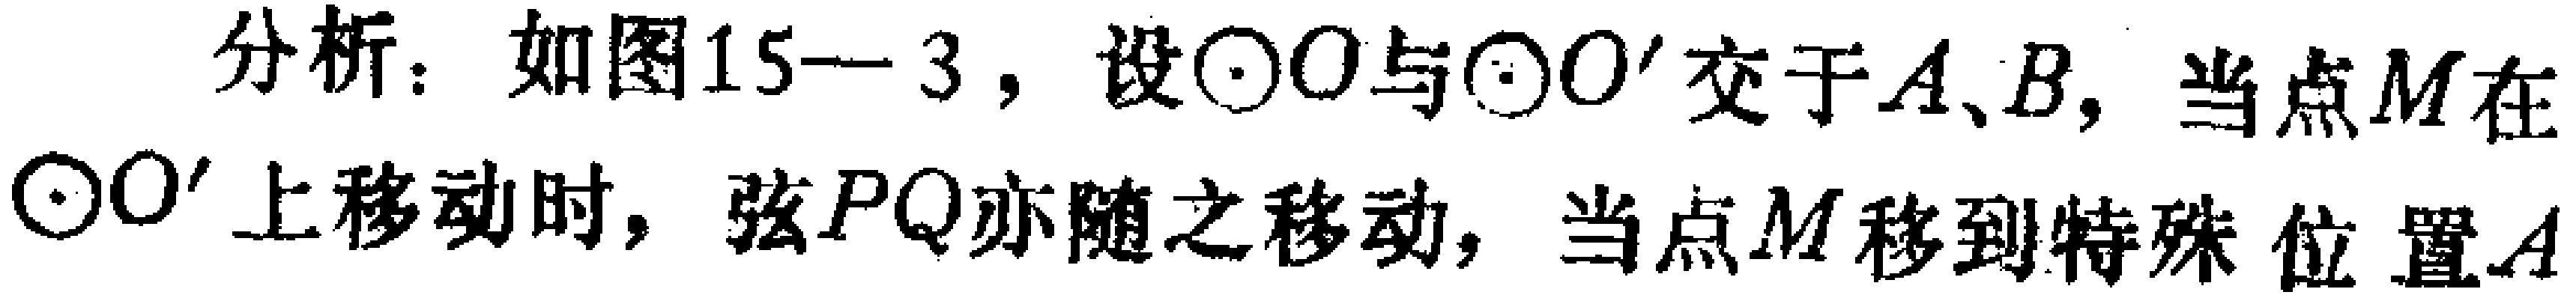
分析：如图15—3，设$\odot O$与$\odot O'$交于$A、B$，当点$M$在$\odot O'$上移动时，弦$PQ$亦随之移动，当点$M$移到特殊位置$A$